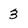
Character: 3